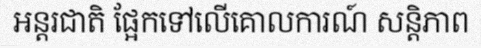
អន្តរជាតិ ផ្អែកទៅលើគោលការណ៍ សន្តិភាព